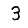
Digit: 3